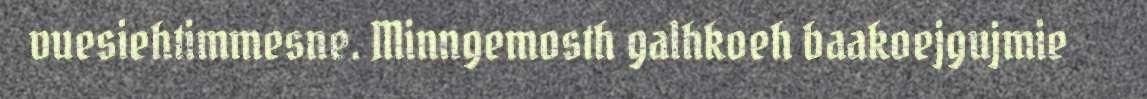
vuesiehtimmesne. Minngemosth galhkoeh baakoejgujmie